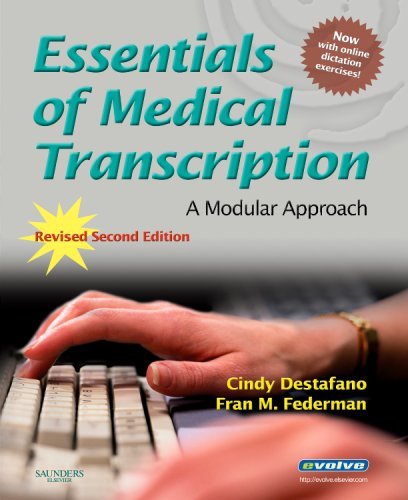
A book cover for Essentials of Medical Transcription: A Modular Approach, Revised 2nd Edition; Cindy Destafano; Medical Books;